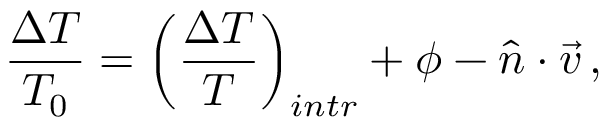
\frac { \Delta T } { T _ { 0 } } = \left( \frac { \Delta T } { T } \right) _ { i n t r } + \phi - { \hat { n } } \cdot \vec { v } \, ,